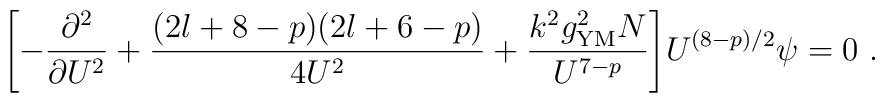
\Biggl[ - \frac{\partial^2}{\partial U^2} + \frac{(2l + 8 - p)(2l +6 - p)}{4U^2} + \frac{k^2 g_{\rm YM}^2 N}{U^{7-p}} \Biggr]U^{(8-p)/2} \psi = 0\ .